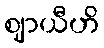
ဈာယီဟိ